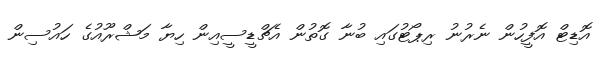
އޮޑިޓް އޮފީހުން ނެރުނު ރިޕޯޓުގައި ބުނާ ގޮތުން އެޗްޑީސީއިން ހިޔާ މަޝްރޫއުގެ ހައުސިން